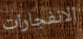
الانفجارات